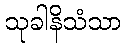
သုခါနိသံသာ